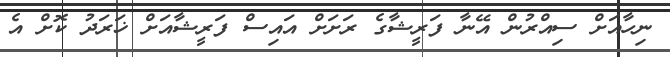
ނިހާއަށް ސިއްރުން އޭނާ ފަރީޝާގެ ރަށަށް އައިސް ފަރީޝާއަށް ޚަރަދު ކޮށް އެ